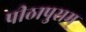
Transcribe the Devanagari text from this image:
पीठापुराम्‌